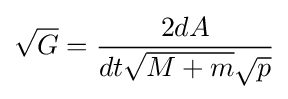
{\sqrt {G}}={\frac {2dA}{dt{\sqrt {M+m}}{\sqrt {p}}}}